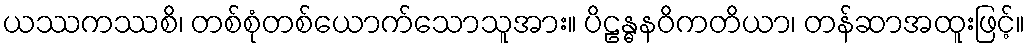
ယဿကဿစိ၊ တစ်စုံတစ်ယောက်သောသူအား။ ပိဠန္ဓနဝိကတိယာ၊ တန်ဆာအထူးဖြင့်။